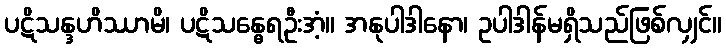
ပဋိသန္ဒဟိဿာမိ၊ ပဋိသန္ဓေရဦးအံ့။ အနုပါဒါနော၊ ဥပါဒါန်မရှိသည်ဖြစ်လျှင်။